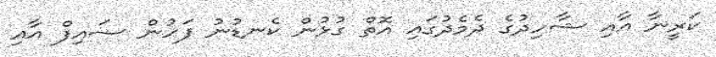
ކަރީނާ އާއި ޝާހިދުގެ ދެމެދުގައި އޮތް ގުޅުން ކެނޑުނު ފަހުން ސައިފް އާއި